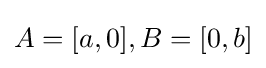
A=[a,0],B=[0,b]